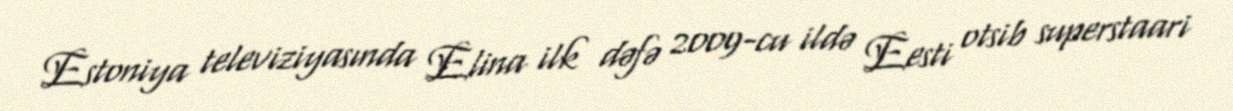
Estoniya televiziyasında Elina ilk dəfə 2009-cu ildə Eesti otsib superstaari